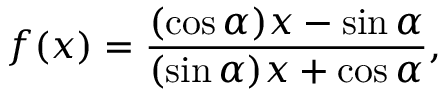
f ( x ) = { \frac { ( \cos \alpha ) x - \sin \alpha } { ( \sin \alpha ) x + \cos \alpha } } ,